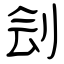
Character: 刽